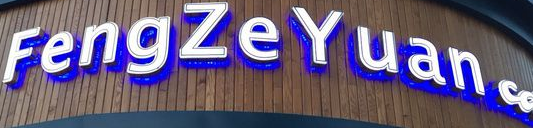
FengZe Yuan c